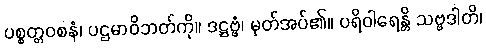
ပစ္စတ္တဝစနံ၊ ပဌမာဝိဘတ်ကို။ ဒဋ္ဌဗ္ဗံ၊ မှတ်အပ်၏။ ပရိဝါရေန္တိ သဗ္ဗဒါတိ၊